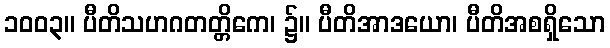
၁၀၀၃။ ပီတိသဟဂတတ္တိကေ၊ ၌။ ပီတိအာဒယော၊ ပီတိအစရှိသော